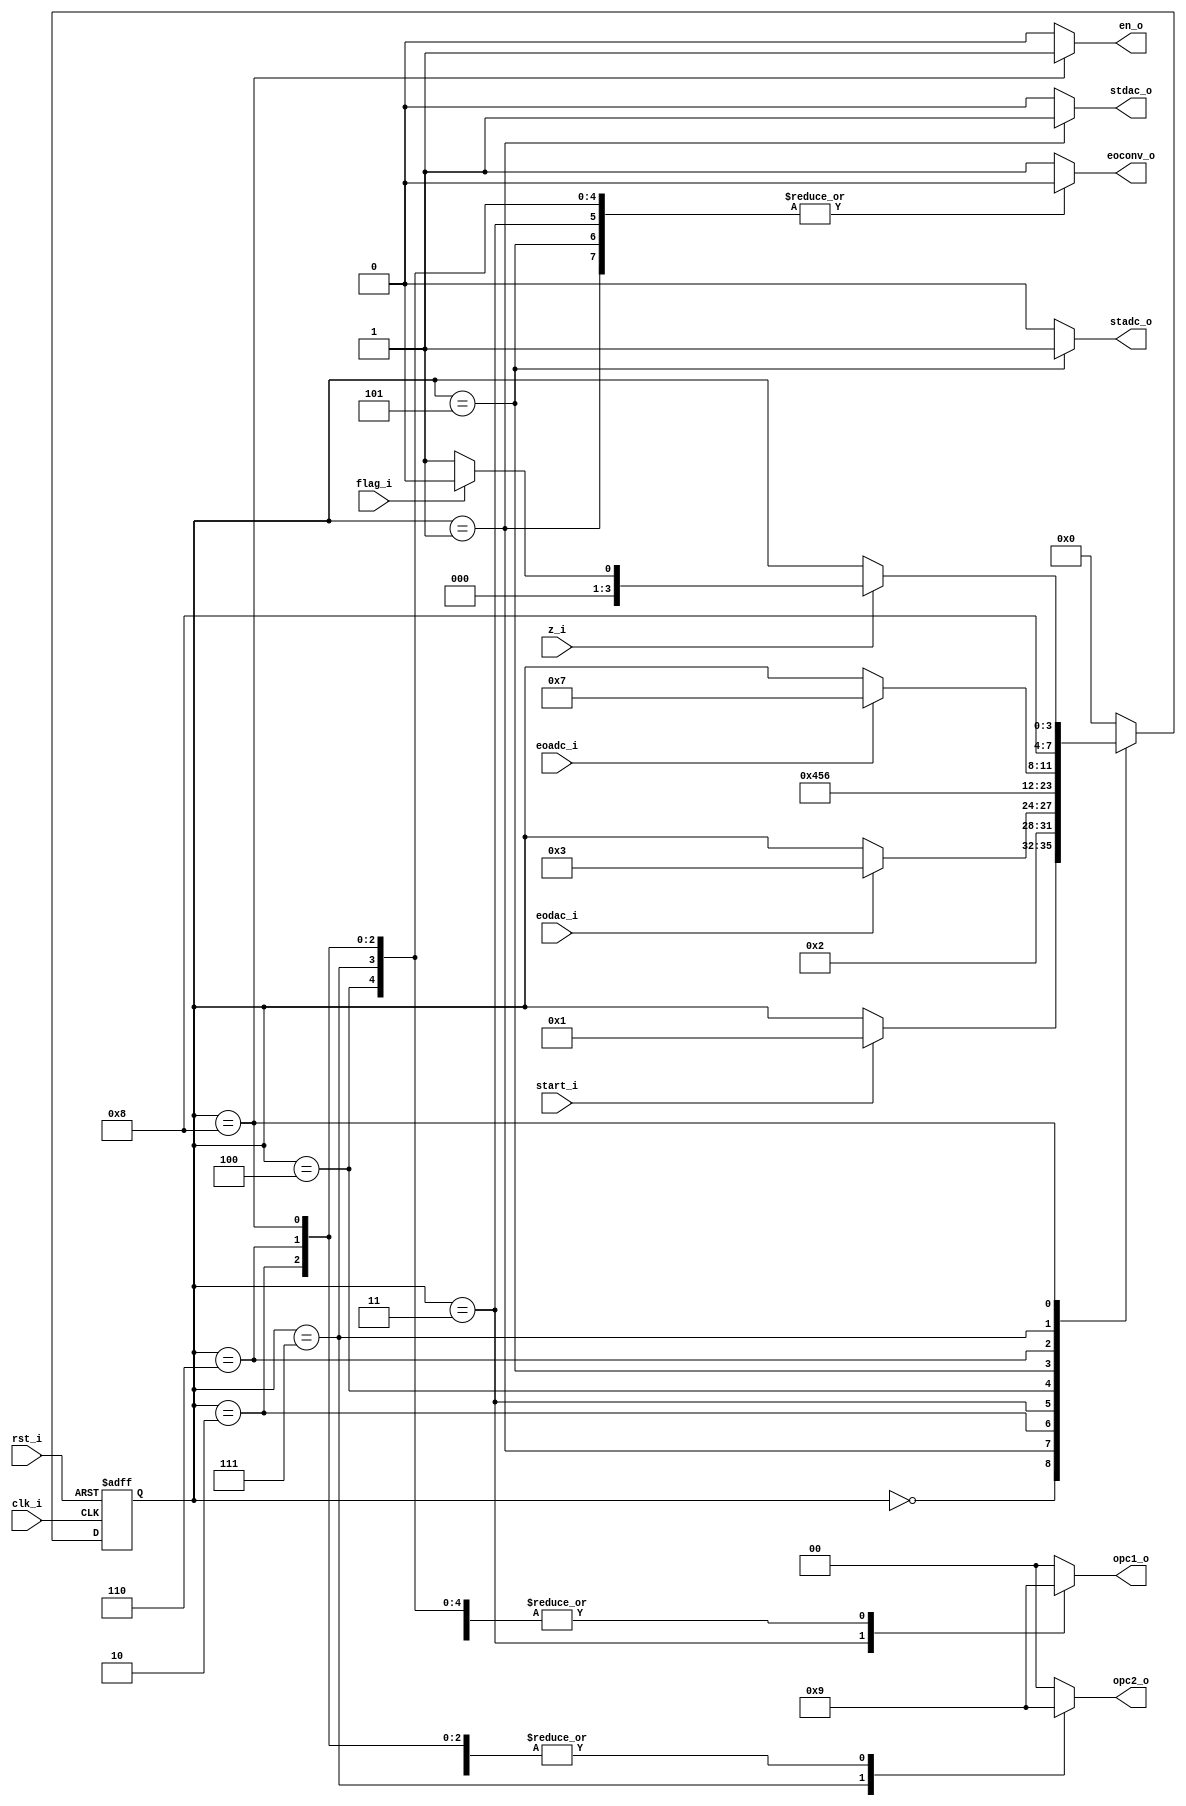
// Name: fsm_dac_adc.v
//
// Description: version 2

module fsm_dac_adc (
  input            rst_i,
  input            clk_i,
  input            start_i,
  input            eodac_i,
  input            eoadc_i,
  input            z_i,
  input            flag_i,
  output reg       stdac_o,
  output reg       stadc_o,
  output reg [1:0] opc1_o,
  output reg [1:0] opc2_o,
  output reg       en_o,
  output reg       eoconv_o
);

  localparam [3:0] s0 = 4'b0000, // Wait strr_i, Reset counter_r, Reset sipo_reg
                   s1 = 4'b0001, // 
                   s2 = 4'b0010, //
                   s3 = 4'b0011, //
                   s4 = 4'b0100, // 
				   s5 = 4'b0101,
				   s6 = 4'b0110,
				   s7 = 4'b0111,
				   s8 = 4'b1000;

  reg [3:0] next_state, present_state;

  always @(start_i, eodac_i, eoadc_i, z_i, flag_i, present_state) begin
    stdac_o = 1'b0; stadc_o = 1'b0; opc1_o = 2'b00; opc2_o = 2'b00; en_o = 1'b0; eoconv_o = 1'b1;
    next_state = present_state;
    case (present_state)
      s0 : begin
             stdac_o = 1'b0; stadc_o = 1'b0; opc1_o = 2'b00; opc2_o = 2'b00; en_o = 1'b0; eoconv_o = 1'b1;
             if (start_i)
               next_state = s1;
           end

      s1 : begin
             stdac_o = 1'b1; stadc_o = 1'b0; opc1_o = 2'b01; opc2_o = 2'b01; en_o = 1'b0; eoconv_o = 1'b0;
             next_state = s2;
           end

      s2 : begin
             stdac_o = 1'b0; stadc_o = 1'b0; opc1_o = 2'b01; opc2_o = 2'b01; en_o = 1'b0; eoconv_o = 1'b0;
             if (eodac_i)
               next_state = s3;
           end

      s3 : begin
             stdac_o = 1'b0; stadc_o = 1'b0; opc1_o = 2'b10; opc2_o = 2'b01; en_o = 1'b0; eoconv_o = 1'b0;
             next_state = s4;
           end

      s4 : begin
             stdac_o = 1'b0; stadc_o = 1'b0; opc1_o = 2'b01; opc2_o = 2'b01; en_o = 1'b0; eoconv_o = 1'b0;
			 next_state = s5;
           end

      s5 : begin
             stdac_o = 1'b0; stadc_o = 1'b1; opc1_o = 2'b01; opc2_o = 2'b01; en_o = 1'b0; eoconv_o = 1'b0;
			 next_state = s6;
	       end
	  
      s6 : begin
		     stdac_o = 1'b0; stadc_o = 1'b0; opc1_o = 2'b01; opc2_o = 2'b01; en_o = 1'b0; eoconv_o = 1'b0;
		   	 if (eoadc_i)
			   next_state = s7;
			 end

      s7 : begin
		     stdac_o = 1'b0; stadc_o = 1'b0; opc1_o = 2'b01; opc2_o = 2'b10; en_o = 1'b0; eoconv_o = 1'b0;
			 next_state = s8;
			 end			 
			 
      s8 : begin
		     stdac_o = 1'b0; stadc_o = 1'b0; opc1_o = 2'b01; opc2_o = 2'b01; en_o = 1'b1; eoconv_o = 1'b0;
		  	 if (z_i) begin
			   if (flag_i) begin
			     next_state = s0;
			   end else begin
			     next_state = s1;
			   end
			 end
		   end
		   
      default : begin
                  next_state = s0;
                end
    endcase
  end

  always @(posedge clk_i, posedge rst_i) begin
    if (rst_i)
      present_state <= s0;
    else
      present_state <= next_state;
  end

endmodule